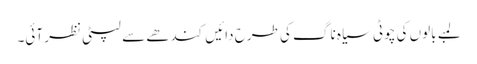
لمبے بالوں کی چوٹی سیاہ ناگ کی طرح دائیں کندھے سے لپٹی نظر آئی۔